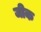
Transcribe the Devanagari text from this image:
जीक